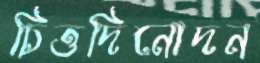
চিত্তদিনোদন